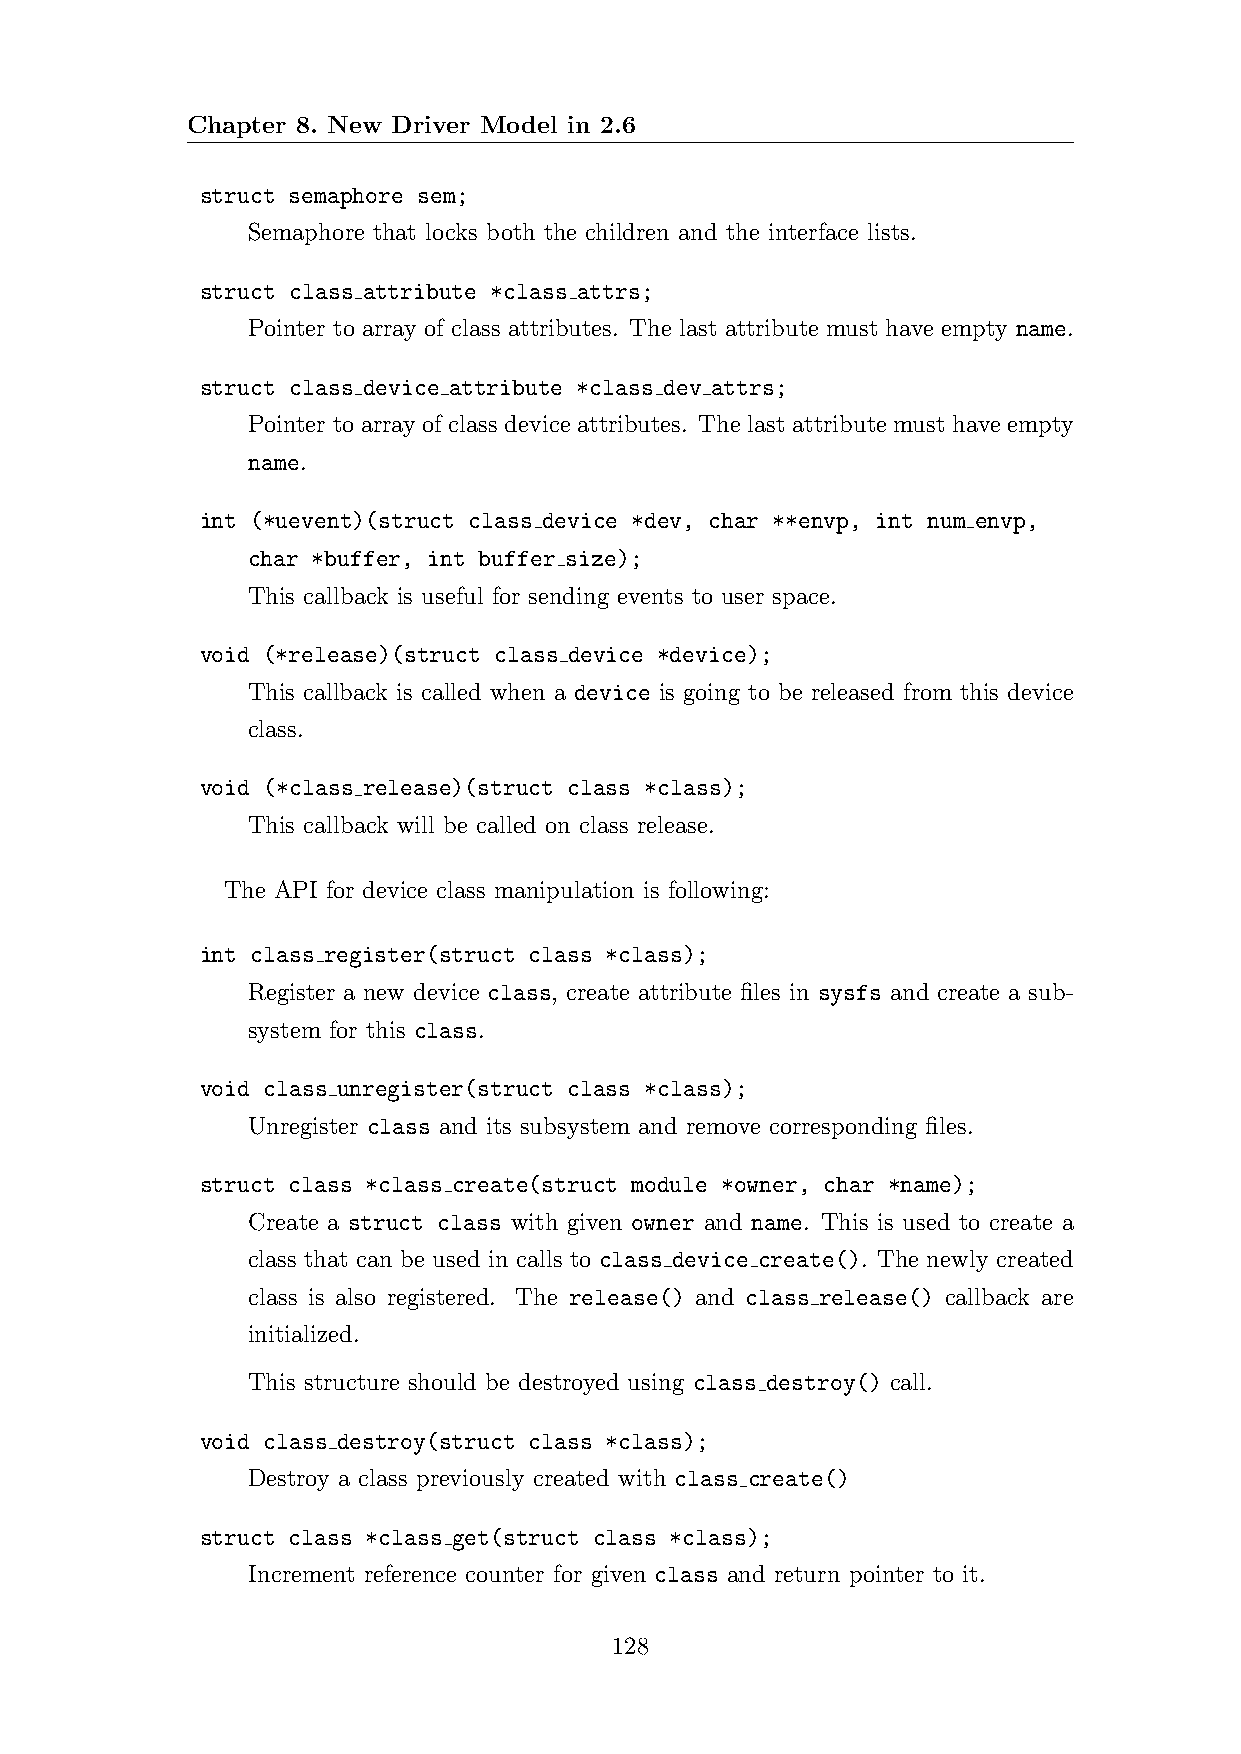
Chapter 8. New Driver Model in 2.6
 struct semaphore sem;
 Semaphore that locks both the children and the interface lists.
 struct class attribute *class attrs;
 Pointer to array of class attributes. The last attribute must have empty name.
 struct class device attribute *class dev attrs;
 Pointer to array of class device attributes. The last attribute must have empty
 name.
 int (*uevent)(struct class device *dev, char **envp, int num envp,
 char *buffer, int buffer size);
 This callback is useful for sending events to user space.
 void (*release)(struct class device *device);
 This callback is called when a device is going to be released from this device
 class.
 void (*class release)(struct class *class);
 This callback will be called on class release.
 The API for device class manipulation is following:
 int class register(struct class *class);
 Register a new device class, create attribute files in sysfs and create a sub-
 system for this class.
 void class unregister(struct class *class);
 Unregister class and its subsystem and remove corresponding files.
 struct class *class create(struct module *owner, char *name);
 Create a struct class with given owner and name. This is used to create a
 class that can be used in calls to class device create(). The newly created
 class is also registered. The release() and class release() callback are
 initialized.
 This structure should be destroyed using class destroy() call.
 void class destroy(struct class *class);
 Destroy a class previously created with class create()
 struct class *class get(struct class *class);
 Increment reference counter for given class and return pointer to it.
 128